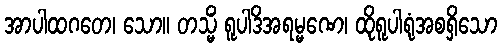
အာပါထဂတေ၊ သော။ တသ္မိံ ရူပါဒိအရမ္မဏေ၊ ထိုရူပါရုံအစရှိသော